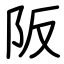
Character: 阪